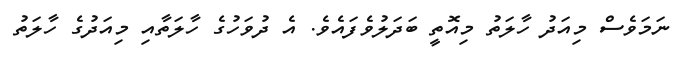
ނަމަވެސް މިއަދު ހާލަތު މިއޮތީ ބަދަލުވެފައެވެ. އެ ދުވަހުގެ ހާލަތާއި މިއަދުގެ ހާލަތު